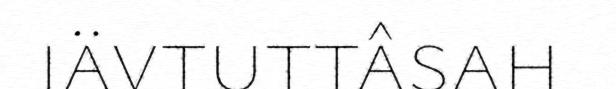
iävtuttâsah